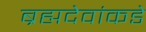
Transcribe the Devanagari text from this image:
ब्रह्मदेवांकडे